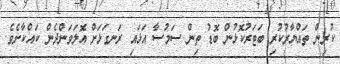
ކުރިން ތައްޔާރުކުރި ބަޓަރުކޮޅުން ބޮޑު ތިން ސަމުސާ އަޅައި ރަނގަޅަށް އޮލަވަންދެން ކައްކާށެވެ.